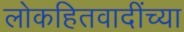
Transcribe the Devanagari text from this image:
लोकहितवादींच्या